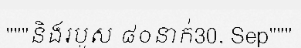
"""និងរបួស ៨០នាក់30, Sep"""